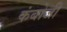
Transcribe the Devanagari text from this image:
कंबोजी